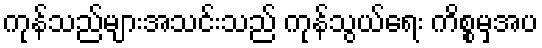
ကုန်သည်များအသင်းသည် ကုန်သွယ်ရေး ကိစ္စမှအပ